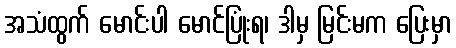
အသံထွက် မောင်းပါ မောင်ပြုံးရ၊ ဒါမှ မြင်းမက ပြေးမှာ